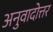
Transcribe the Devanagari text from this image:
अनुवादोत्तर